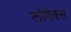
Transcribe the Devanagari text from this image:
लोमेक्स